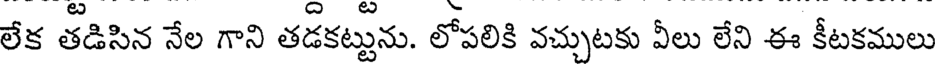
లేక తడిసిన నేల గాని తడకట్టును. లోపలికి వచ్చుటకు వీలు లేని ఈ కీటకములు